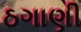
ઠગાણી